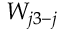
W _ { j 3 - j }